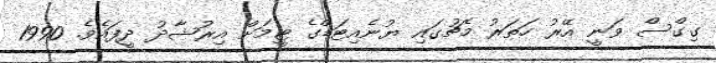
ގިގްސް ވަނީ އޭރު ހަތަރު މެޗުގައި ޔުނެއިޓަޑްގެ ޓީމަށް އިރުޝާދު ދީފައެވެ. 1990